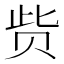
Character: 赀